Leaving Certificate Examination (including Day School Certificate (Higher) General paper), 1931
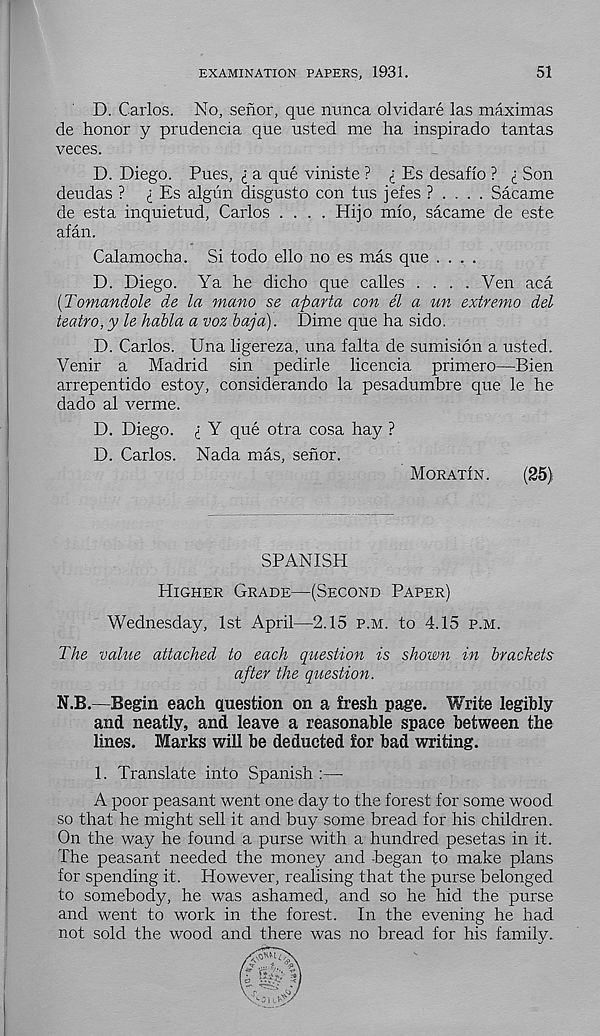
EXAMINATION PAPERS, 1931.
51
D. Carlos. No, senor, que nunca olvidare las maximas
de honor y prudencia que usted me ha inspirado tantas
veces.
D. Diego. Pues, i a que viniste ? i Es desaflo ? <; Son
deudas ? i Es algun disgusto con tus jefes ? . . . . Sacame
de esta inquietud, Carlos .... Hijo mlo, sacame de este
afan.
Calamocha. Si todo ello no es mas que ....
D. Diego. Ya he dicho que calles . . . .Yen aca
[Tomandole de la mano se aparta con el a un extreme del
teatro, y le habla a voz baja). Dime que ha sido.
D. Carlos. Una ligereza, una falta de sumision a usted.
Venir a Madrid sin pedirle licencia primero—Bien
arrepentido estoy, considerando la pesadumbre que le he
dado al verme.
D. Diego, i Y que otra cosa hay ?
D. Carlos. Nada mas, senor.
Moratin.
(25)
SPANISH
Higher Grade—(Second Paper)
Wednesday, 1st April—2.15 p.m. to 4.15 p.m.
The value attached to each question is shown in brackets
after the question.
N.B.—Begin each question on a fresh page. Write legibly
and neatly, and leave a reasonable space between the
lines. Marks will be deducted for bad writing.
1. Translate into Spanish :—
A poor peasant went one day to the forest for some wood
so that he might sell it and buy some bread for his children.
On the way he found a purse with a hundred pesetas in it.
The peasant needed the money and began to make plans
for spending it. However, realising that the purse belonged
to somebody, he was ashamed, and so he hid the purse
and went to work in the forest. In the evening he had
not sold the wood and there was no bread for his family.